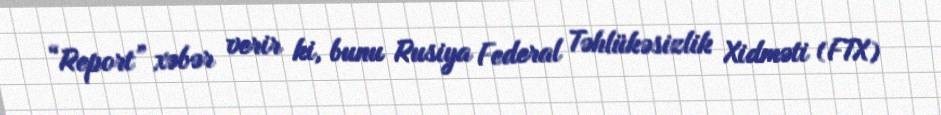
“Report” xəbər verir ki, bunu Rusiya Federal Təhlükəsizlik Xidməti (FTX)